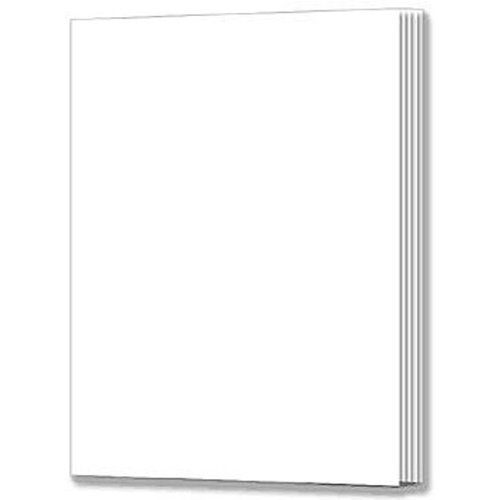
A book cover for Rectangle Blank Book for Young Authors (12-pack), Grades K - 3; Children's Books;